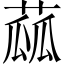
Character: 蓏